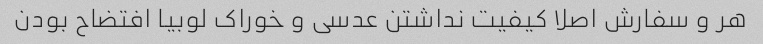
هر و سفارش اصلا کیفیت نداشتن عدسی و خوراک لوبیا افتضاح بودن